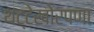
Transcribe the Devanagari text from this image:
थट्टेखोरपणा